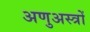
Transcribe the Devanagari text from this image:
अणुअस्त्रों